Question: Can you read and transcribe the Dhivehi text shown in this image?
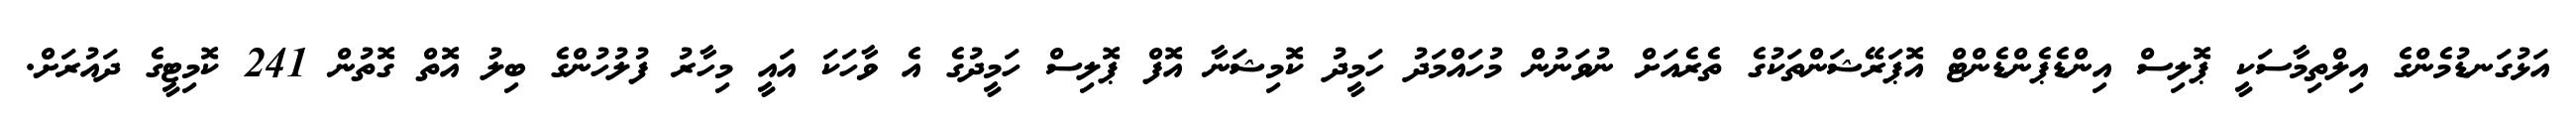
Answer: އަޅުގަނޑުމެންގެ އިލްތިމާސަކީ ޕޮލިސް އިންޑެޕެންޑެންޓް އޮޕަރޭޝަންތަކުގެ ތެރެއަށް ނުވަނުން މުހައްމަދު ހަމީދު ކޮމިޝަނާ އޮފް ޕޮލިސް ހަމީދުގެ އެ ވާހަކަ އައީ މިހާރު ފުލުހުންގެ ބިލު އޮތް ގޮތުން 241 ކޮމިޓީގެ ދައުރަށް.